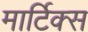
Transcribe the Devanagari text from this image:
मार्टिक्स